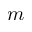
m